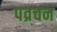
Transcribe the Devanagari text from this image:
पव्रचन